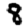
Digit: 8